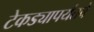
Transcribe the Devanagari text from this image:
टेकड्यापर्यंतचे